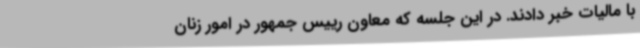
با مالیات خبر دادند. در این جلسه که معاون رییس جمهور در امور زنان